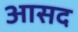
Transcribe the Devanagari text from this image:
आसद